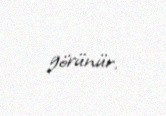
görünür.